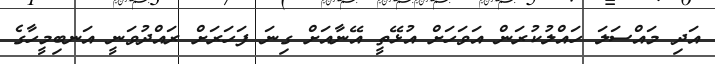
އަދި މައްސަލަ ހައްލުކުރަން އަވަހަށް އުޅޭތީ އޭނާއަށް ގިނަ ފަހަރަށް ރައްދުވަނީ އަނބިމީހާގެ